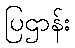
ပြဌာန်း